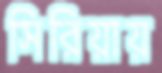
সিরিয়ায়